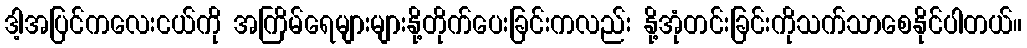
ဒါ့အပြင်ကလေးငယ်ကို အကြိမ်ရေများများနို့တိုက်ပေးခြင်းကလည်း နို့အုံတင်းခြင်းကိုသက်သာစေနိုင်ပါတယ်။